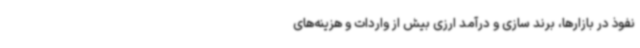
نفوذ در بازارها، برند سازی و درآمد ارزی بیش از واردات و هزینه‌های